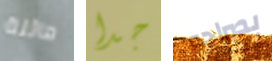
هائلة جدا بصراحه